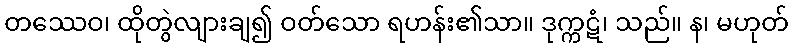
တဿေဝ၊ ထိုတွဲလျားချ၍ ဝတ်သော ရဟန်း၏သာ။ ဒုက္ကဋံ၊ သည်။ န၊ မဟုတ်